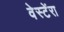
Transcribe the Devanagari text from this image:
वेस्टेंरा